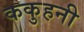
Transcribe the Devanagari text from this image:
ककुहनी